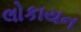
લોકાયન